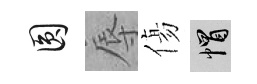
圓辱傷帽